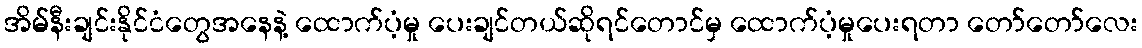
အိမ်နီးချင်းနိုင်ငံတွေအနေနဲ့ ထောက်ပံ့မှု ပေးချင်တယ်ဆိုရင်တောင်မှ ထောက်ပံ့မှုပေးရတာ တော်တော်လေး